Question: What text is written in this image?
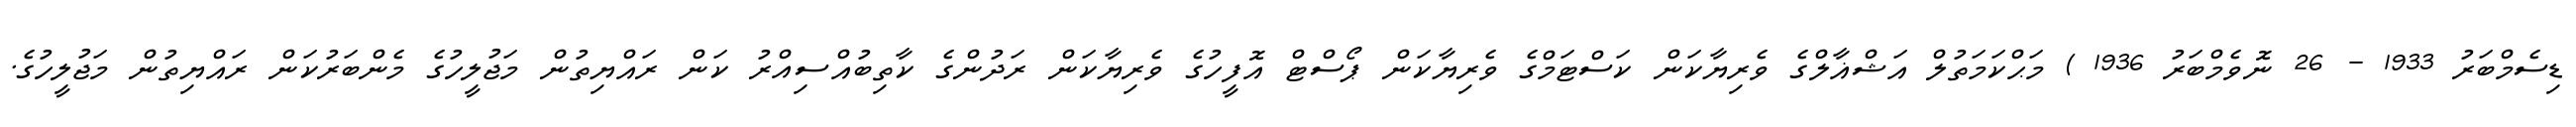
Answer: ޑިސެމްބަރު 1933 - 26 ނޮވެމްބަރު 1936 ) މަޙްކަމަތުލް އަޝްޣާލްގެ ވެރިޔާކަން ކަސްޓަމްގެ ވެރިޔާކަން ޕޯސްޓް އޮފީހުގެ ވެރިޔާކަން ރަދުންގެ ކާތިބުއްސިއްރު ކަން ރައްޔިތުން މަޖުލީހުގެ މެންބަރުކަން ރައްޔިތުން މަޖުލީހުގެ.